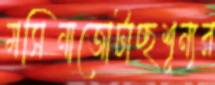
মসিনাজোটাচ্ছশূন্যর